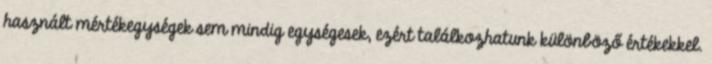
használt mértékegységek sem mindig egységesek, ezért találkozhatunk különböző értékekkel.